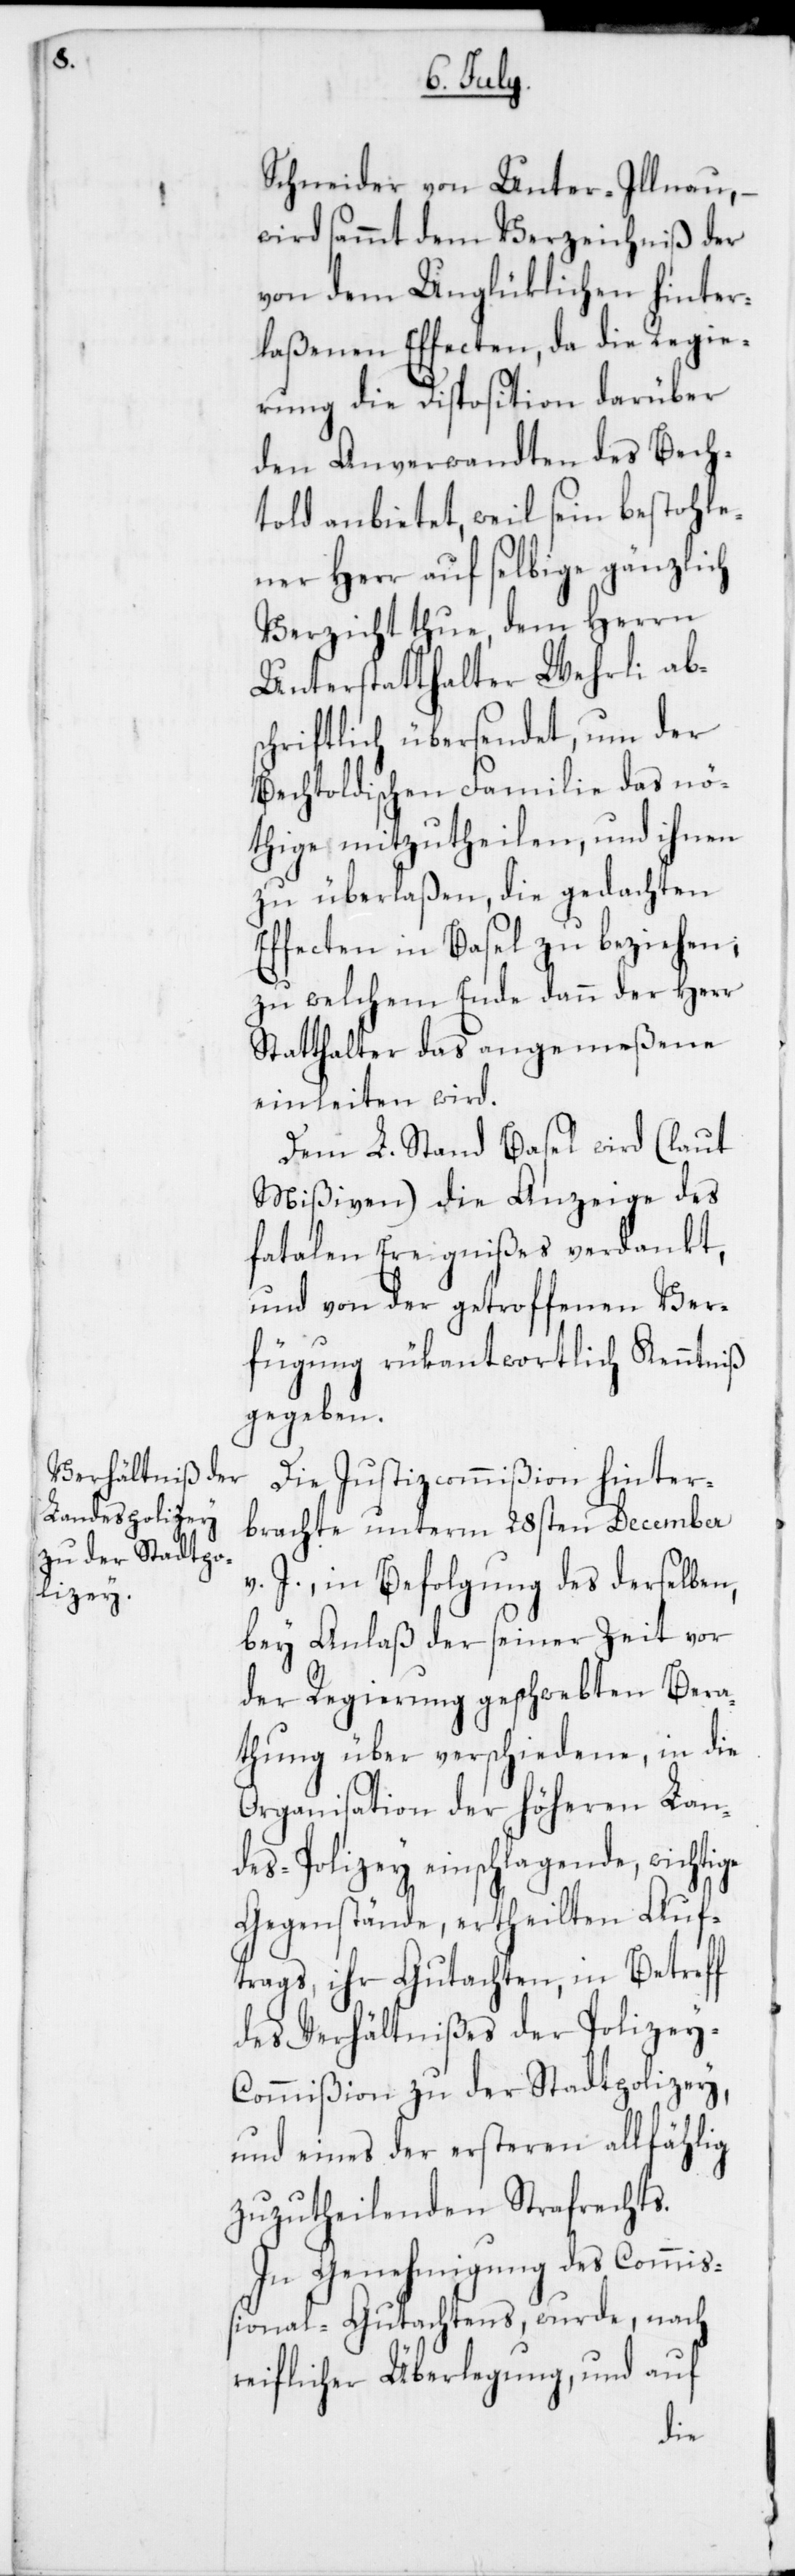
Schneider von Unter-Illnau, –
wird sammt dem Verzeichniß der
von dem Unglücklichen hinter¬
laßenen Effecten, da die Regie¬
rung die Disposition darüber
den Anverwandten des Bech¬
told anbietet, weil sein bestohle¬
ner Herr auf selbige gänzlich
Verzicht thue, dem Herrn
Unterstatthalter Wehrli abs¬
chriftlich übersendet, und der
Bechtoldischen Familie das nö¬
thige mitzutheilen, und ihnen
zu überlaßen, die gedachten
Effecten in Basel zu beziehen;
zu welchem Ende dann der Herr
Statthalter das angemeßene
einleiten wird.
Dem L. Stand Basel wird (laut
Mißiven) die Anzeige des
fatalen Ereignißes verdankt,
und von der getroffenen Ver¬
fügung rükantwortlich Kenntniß
gegeben.
Die Justizcommißion hinter¬
brachte, unterm 28sten December
v. J., in Befolgung des derselben,
bey Anlaß der seiner Zeit vor
der Regierung geschwebten Bera¬
thung über verschiedene, in die
Organisation der höheren Lan¬
des-Polizey einschlagende, wichtige
Gegenstände, ertheilten Auf¬
trags, ihr Gutachten, in Betreff
des Verhältnißes der Polize¬
y-Commißion zu der Stadtpolizey,
und eines der ersteren allfählig
zuzutheilenden Strafrechts.
In Genehmigung des Commiß¬
ional-Gutachtens, wurde, nach
reiflicher Überlegung, und auf